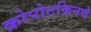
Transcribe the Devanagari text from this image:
क्रोपोटकिनचे